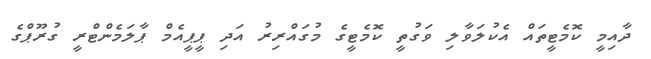
ދާއިމީ ކޮމެޓީތައް އެކުލަވާލި ވަގުތީ ކޮމެޓީގެ މުގައްރިރު އަދި ޕީޕީއެމް ޕާލަމެންޓްރީ ގުރޫޕްގެ